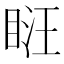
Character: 𥆚